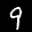
Label: 9